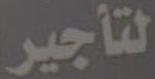
لتأجير